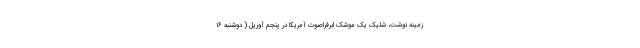
زمینه نوشت، شلیک یک موشک ابرفراصوت آمریکا در پنجم آوریل ( دوشنبه ۱۶